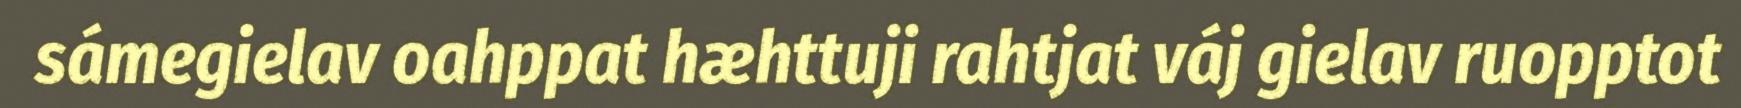
sámegielav oahppat hæhttuji rahtjat váj gielav ruopptot